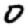
Digit: 0